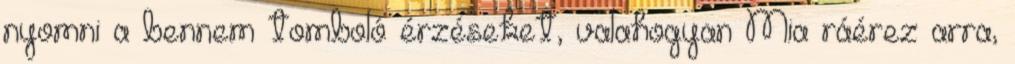
nyomni a bennem tomboló érzéseket, valahogyan Mia ráérez arra,